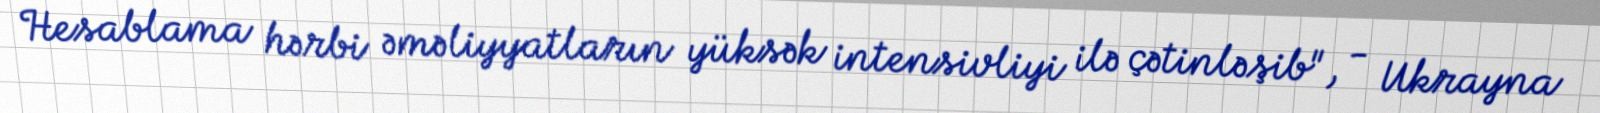
Hesablama hərbi əməliyyatların yüksək intensivliyi ilə çətinləşib", - Ukrayna